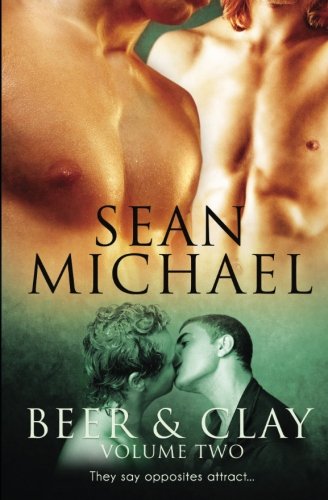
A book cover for Beer and Clay: Vol 2; Sean Michael; Romance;